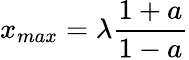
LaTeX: x_{max}=\lambda\frac{1+a}{1-a}